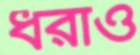
ধরাও